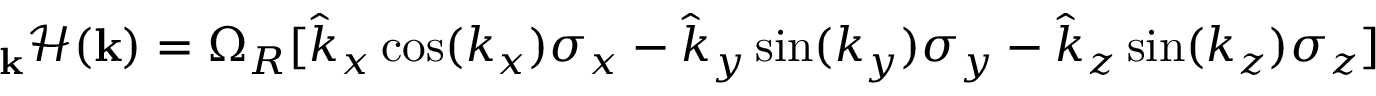
\mathbf { \nabla } _ { \mathbf { k } } \mathcal { H } ( \mathbf { k } ) = \Omega _ { R } [ \hat { k } _ { x } \cos ( k _ { x } ) \sigma _ { x } - \hat { k } _ { y } \sin ( k _ { y } ) \sigma _ { y } - \hat { k } _ { z } \sin ( k _ { z } ) \sigma _ { z } ]